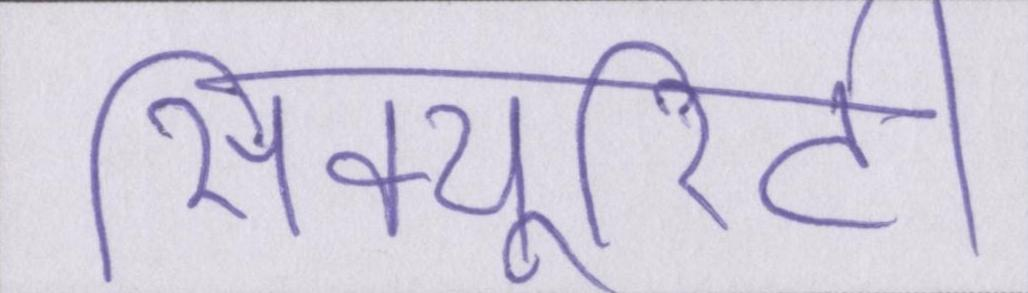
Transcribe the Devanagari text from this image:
सिक्यूरिटी